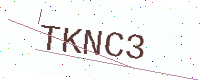
Text: TKNC3